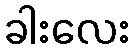
ခါးလေး